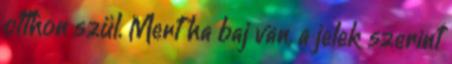
otthon szül. Mert ha baj van, a jelek szerint